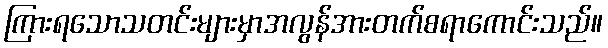
ကြားရသောသတင်းများမှာအလွန်အားတက်စရာကောင်းသည်။